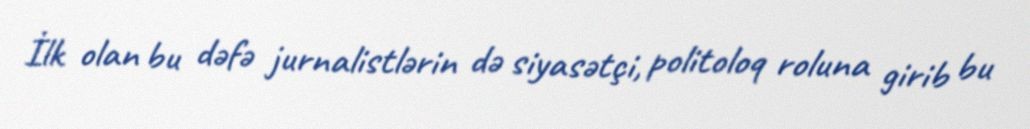
İlk olan bu dəfə jurnalistlərin də siyasətçi, politoloq roluna girib bu